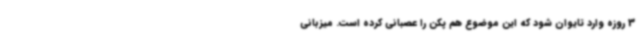
3 روزه وارد تایوان شود که این موضوع هم پکن را عصبانی کرده است. میزبانی